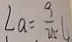
\angle a = \frac { 9 } { 2 5 }